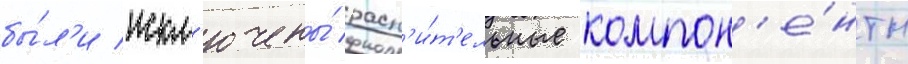
бы́л'и искл'ючены́ раст'и́т'ельные компон'е́нты